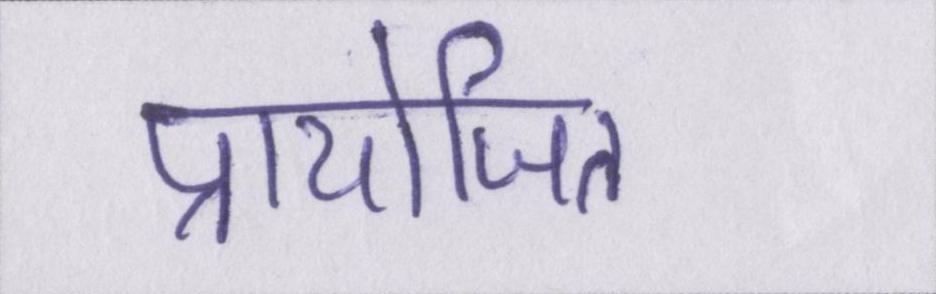
प्रायोजित